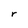
Character: r